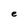
Character: e